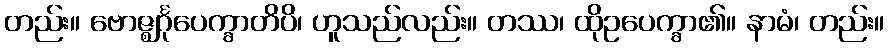
တည်း။ ဗောဇ္ဈင်္ဂုပေက္ခာတိပိ၊ ဟူသည်လည်း။ တဿ၊ ထိုဥပေက္ခာ၏။ နာမံ၊ တည်း။